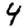
Digit: 4